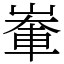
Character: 輋